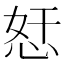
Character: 𱞖